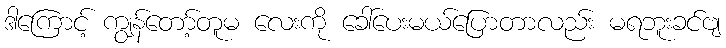
ဒါကြောင့် ကျွန်တော့်တူမ လေးကို ခေါ်ပေးမယ်ပြောတာလည်း မရဘူးခင်ဗျ